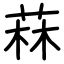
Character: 菻